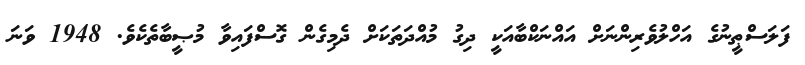
ފަލަސްޠީނުގެ އަހްލުވެރިންނަށް އައްނަކްބާއަކީ ދިގު މުއްދަތަކަށް ދެމިގެން ގޮސްފައިވާ މުޞީބާތެކެވެ. 1948 ވަނަ